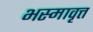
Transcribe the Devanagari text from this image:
भस्मावृत्त